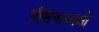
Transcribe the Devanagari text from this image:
नौसेनाध्यक्षों